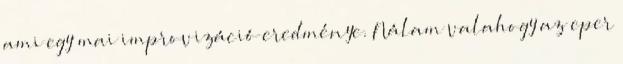
ami egy mai improvizáció eredménye. Nálam valahogy az eper